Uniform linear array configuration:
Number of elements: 24
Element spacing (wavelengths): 0.75
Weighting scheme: hamming
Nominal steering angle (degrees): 30
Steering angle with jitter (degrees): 28.018
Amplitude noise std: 0.05
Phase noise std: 0.05

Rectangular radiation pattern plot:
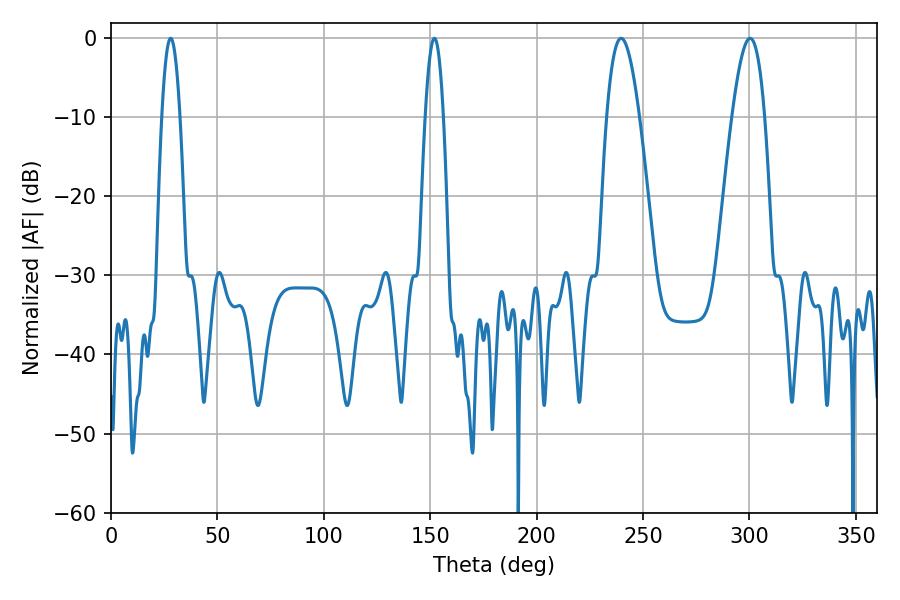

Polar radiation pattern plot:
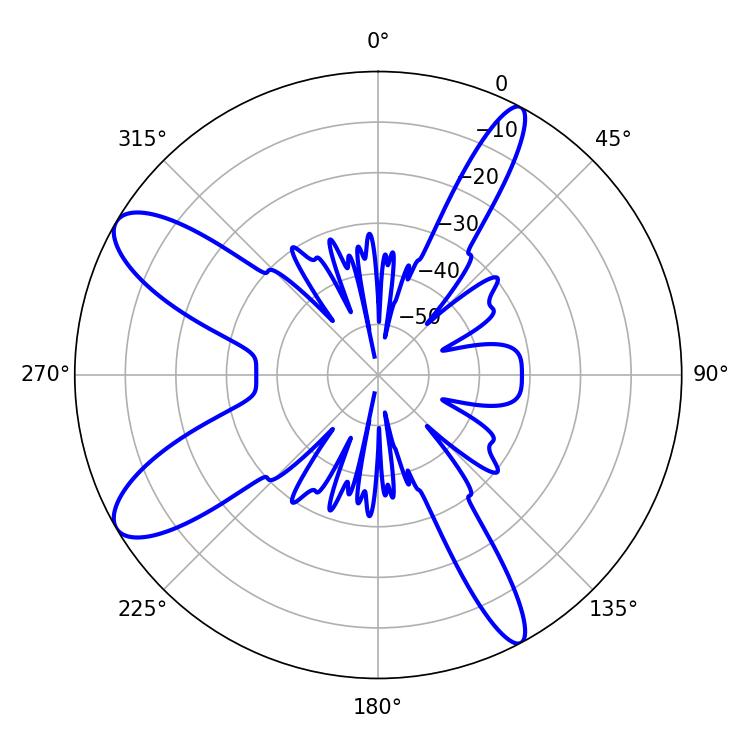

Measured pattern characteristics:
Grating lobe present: TRUE
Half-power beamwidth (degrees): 8.28
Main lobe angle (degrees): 239.76